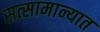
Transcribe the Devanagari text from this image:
सत्सामान्यात